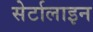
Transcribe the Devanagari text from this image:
सेर्टालाइन